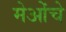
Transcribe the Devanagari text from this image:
मेओंचे